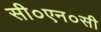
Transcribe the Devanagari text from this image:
सी०एन०सी